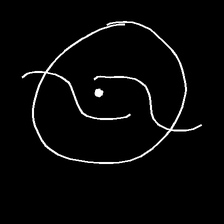
Glyph: repetition